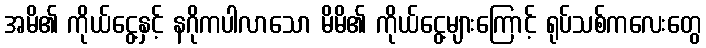
အမိ၏ ကိုယ်ငွေ့နှင့် နဂိုကပါလာသော မိမိ၏ ကိုယ်ငွေ့များကြောင့် ရုပ်သစ်ကလေးတွေ